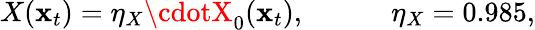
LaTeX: X(\mathbf{x}_{t})=\eta_{X}\cdotX_{0}(\mathbf{x}_{t}),\qquad\quad\eta_{X}=0.985,